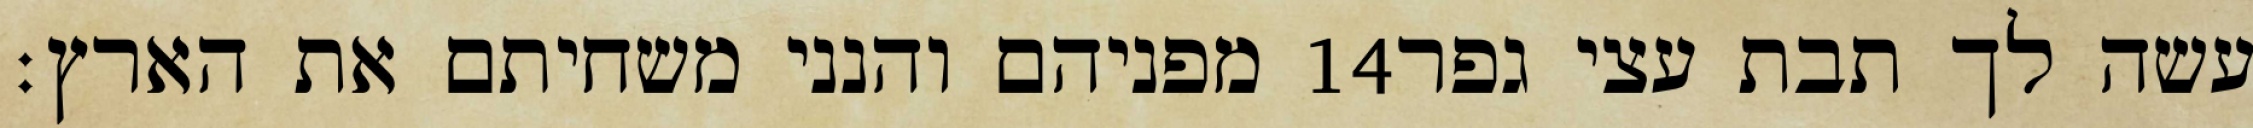
מפניהם והנני משחיתם את הארץ׃ ‎14‏ עשה לך תבת עצי גפר